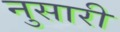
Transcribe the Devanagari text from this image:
नुसारी